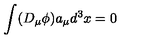
\int ( D _ { \mu } \phi ) a _ { \mu } d ^ { 3 } x = 0